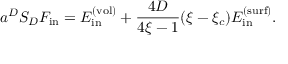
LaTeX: a ^ { D } S _ { D } F _ { \mathrm { i n } } = E _ { \mathrm { i n } } ^ { \mathrm { ( v o l ) } } + \frac { 4 D } { 4 \xi - 1 } ( \xi - \xi _ { c } ) E _ { \mathrm { i n } } ^ { \mathrm { ( s u r f ) } } .